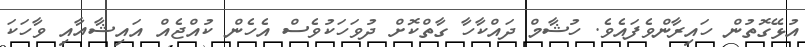
އުޅޭގޮތުން ހައިރާންވެފައެވެ. ހުޝާމް ދައްކާހާ ގާތްކޮށް ދުވަހަކުވެސް އެހެން ކުއްޖެއް އައިޝާއާއި ވާހަކަ